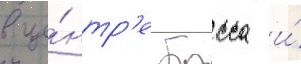
в це́нтр'е басса и́